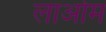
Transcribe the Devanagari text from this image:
लाओम